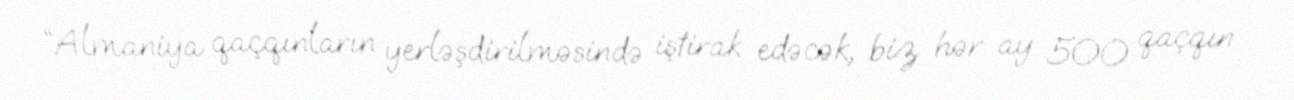
“Almaniya qaçqınların yerləşdirilməsində iştirak edəcək, biz hər ay 500 qaçqın